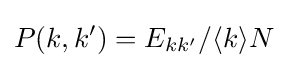
P(k,k')=E_{kk'}/\langle k\rangle N